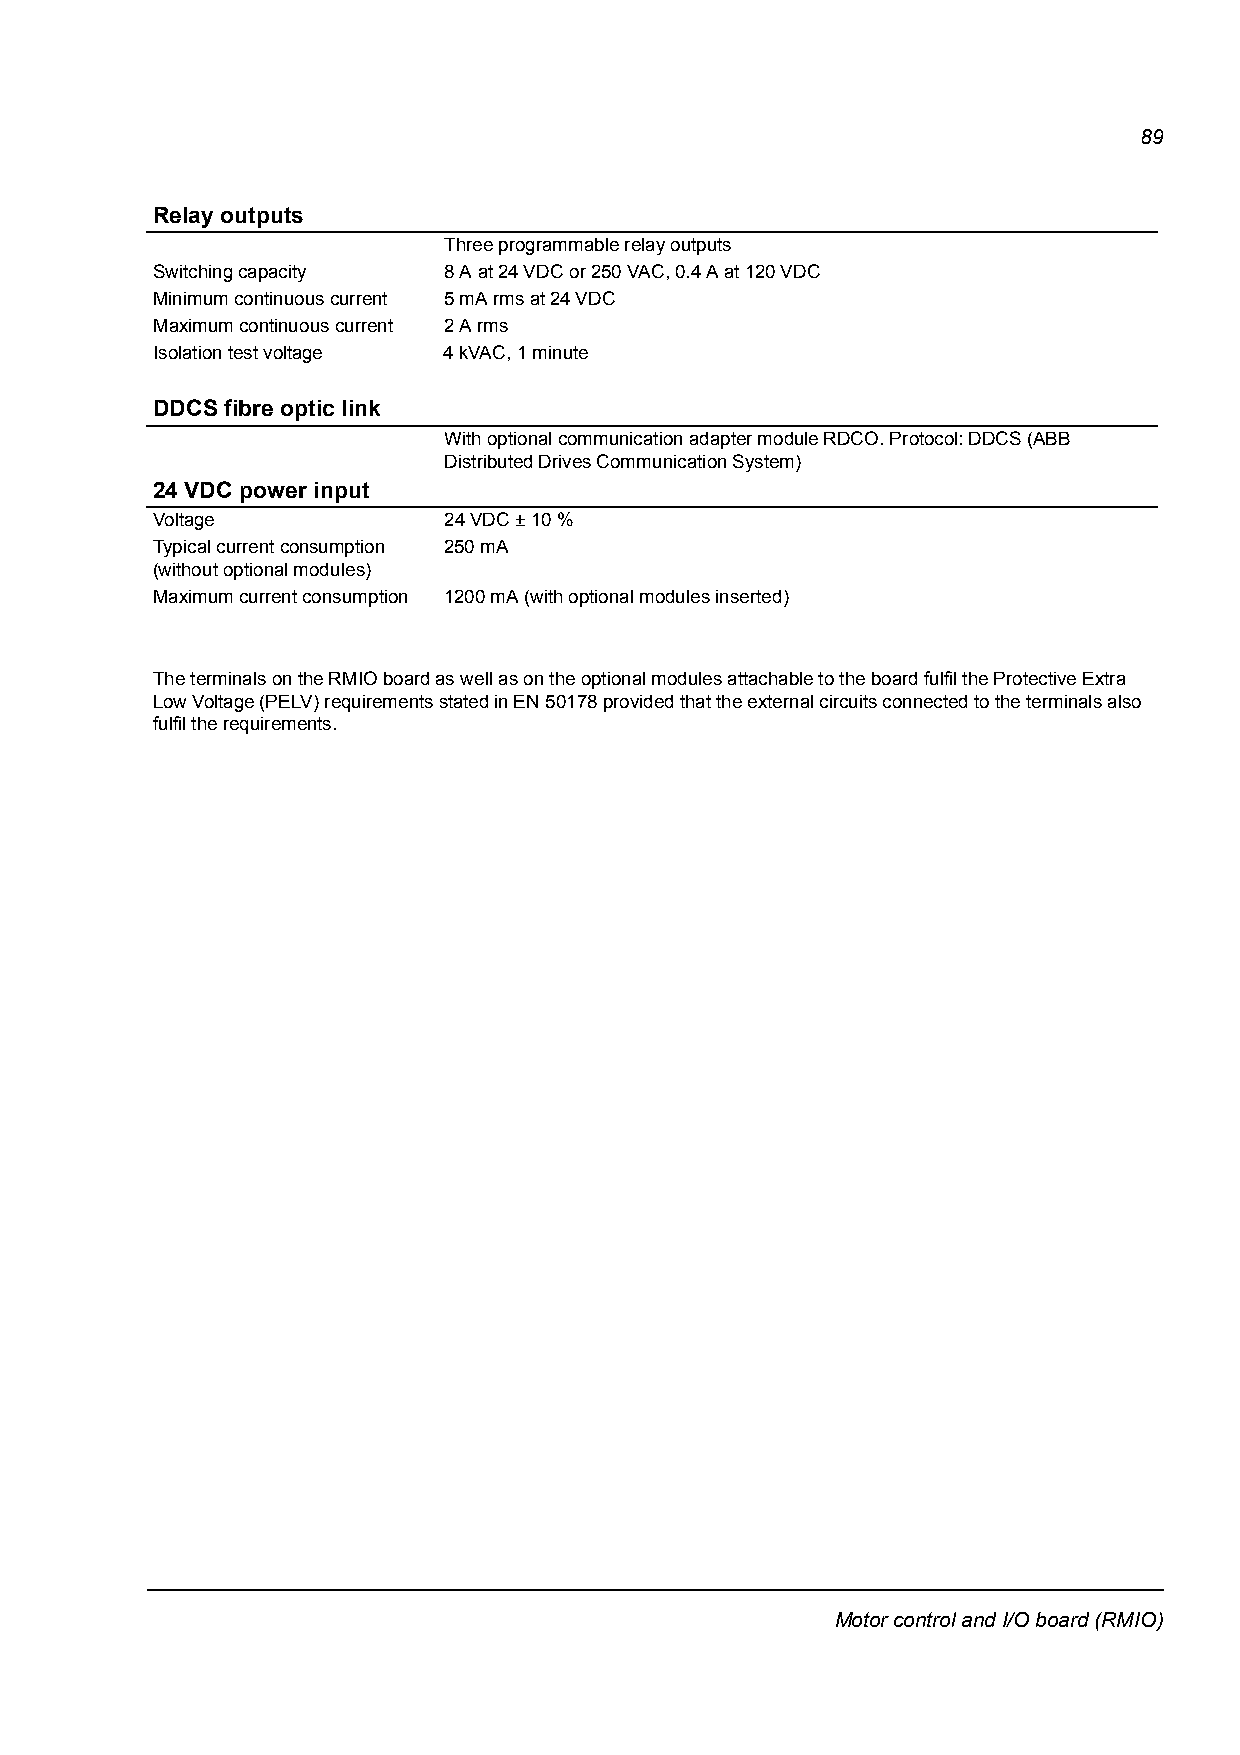
89
 Relay outputs
 Three programmable relay outputs
 Switching capacity 8 A at 24 VDC or 250VAC, 0.4 A at 120 VDC
 Minimum continuous current 5 mA rms at 24 VDC
 Maximum continuous current 2 A rms
 Isolation test voltage 4kVAC, 1 minute
 DDCS fibre optic link
 With optional communication adapter module RDCO. Protocol: DDCS (ABB
 Distributed Drives Communication System)
 24 VDC power input
 Voltage            24 VDC – 10 %
 Typical current consumption 250 mA
 (without optional modules)
 Maximum current consumption 1200 mA (with optional modules inserted)
 The terminals on the RMIO board as well as on the optional modules attachable to the board fulfil the Protective Extra
 Low Voltage (PELV) requirements stated in EN 50178 provided that the external circuits connected to the terminals also
 fulfil the requirements.
 Motor control and I/O board (RMIO)